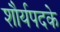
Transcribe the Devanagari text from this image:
शौर्यपदके